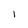
Character: 1